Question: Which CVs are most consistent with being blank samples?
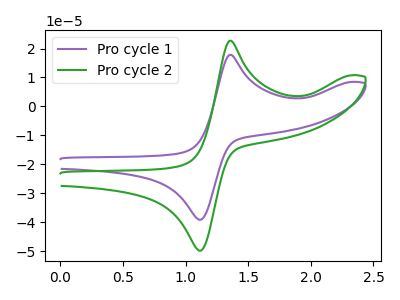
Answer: <think>The purple curve "Pro cycle 1" has an anodic peak at (1.35V, 17.85uA) and a cathodic peak at (1.10V, -39.10uA). The green curve "Pro cycle 2" has an anodic peak at (1.35V, 22.70uA) and a cathodic peak at (1.10V, -49.80uA).</think>
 <answer>There are not any CV's on this graph that are likely to be blanks.</answer>
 <eval>none</eval>